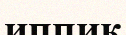
иппик